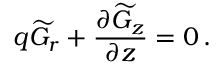
q \widetilde { G } _ { r } + \frac { \partial \widetilde { G } _ { z } } { \partial z } = 0 \, .